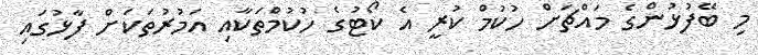
މި ބޭފުޅުންގެ މައްޗަށް ހުކުމް ކުރީ އެ ކޯޓުގެ ހުކުމްތަކާއި އަމުރުތަކަށް ފާޅުގައި